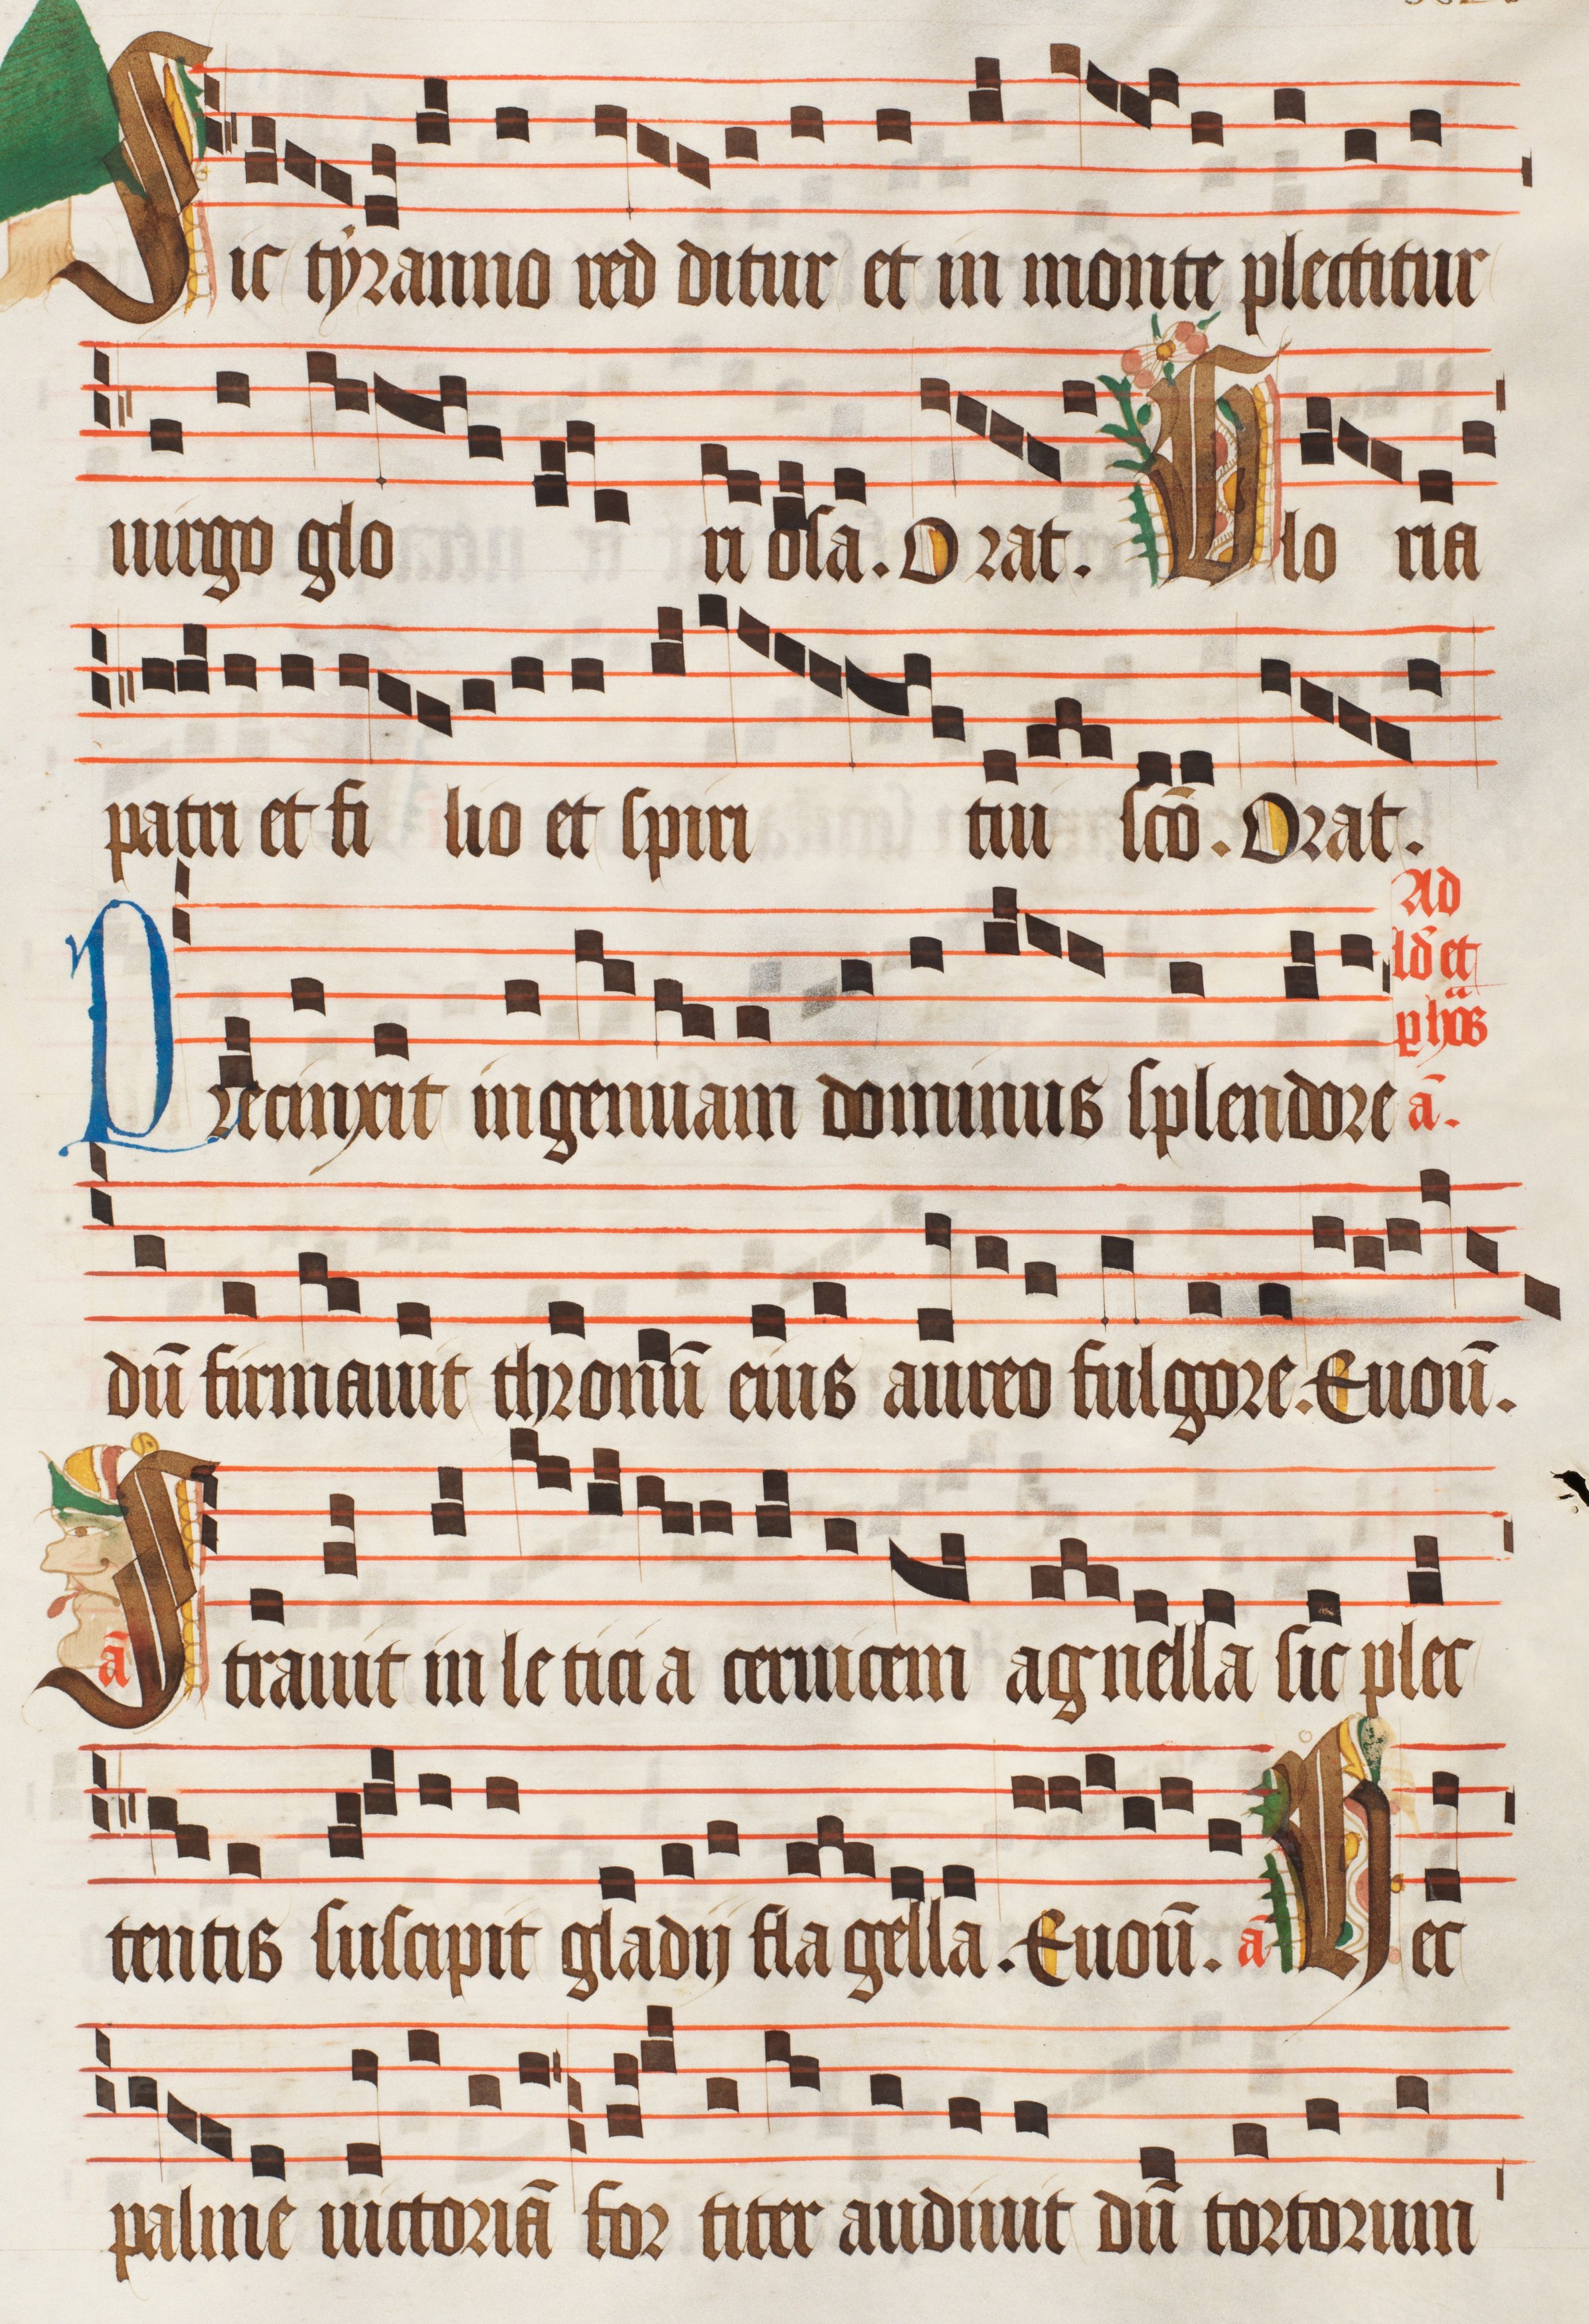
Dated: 1470–1505